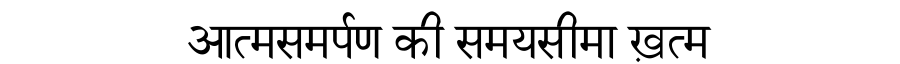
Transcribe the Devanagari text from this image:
आत्मसमर्पण की समयसीमा ख़त्म